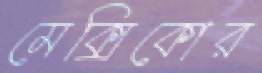
মেক্সিকোর